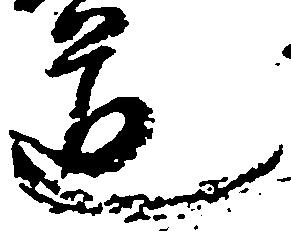
道